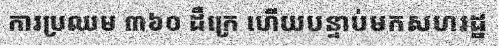
ការប្រឈម ៣៦០ ដឺក្រេ ហើយបន្ទាប់មកសហរដ្ឋ